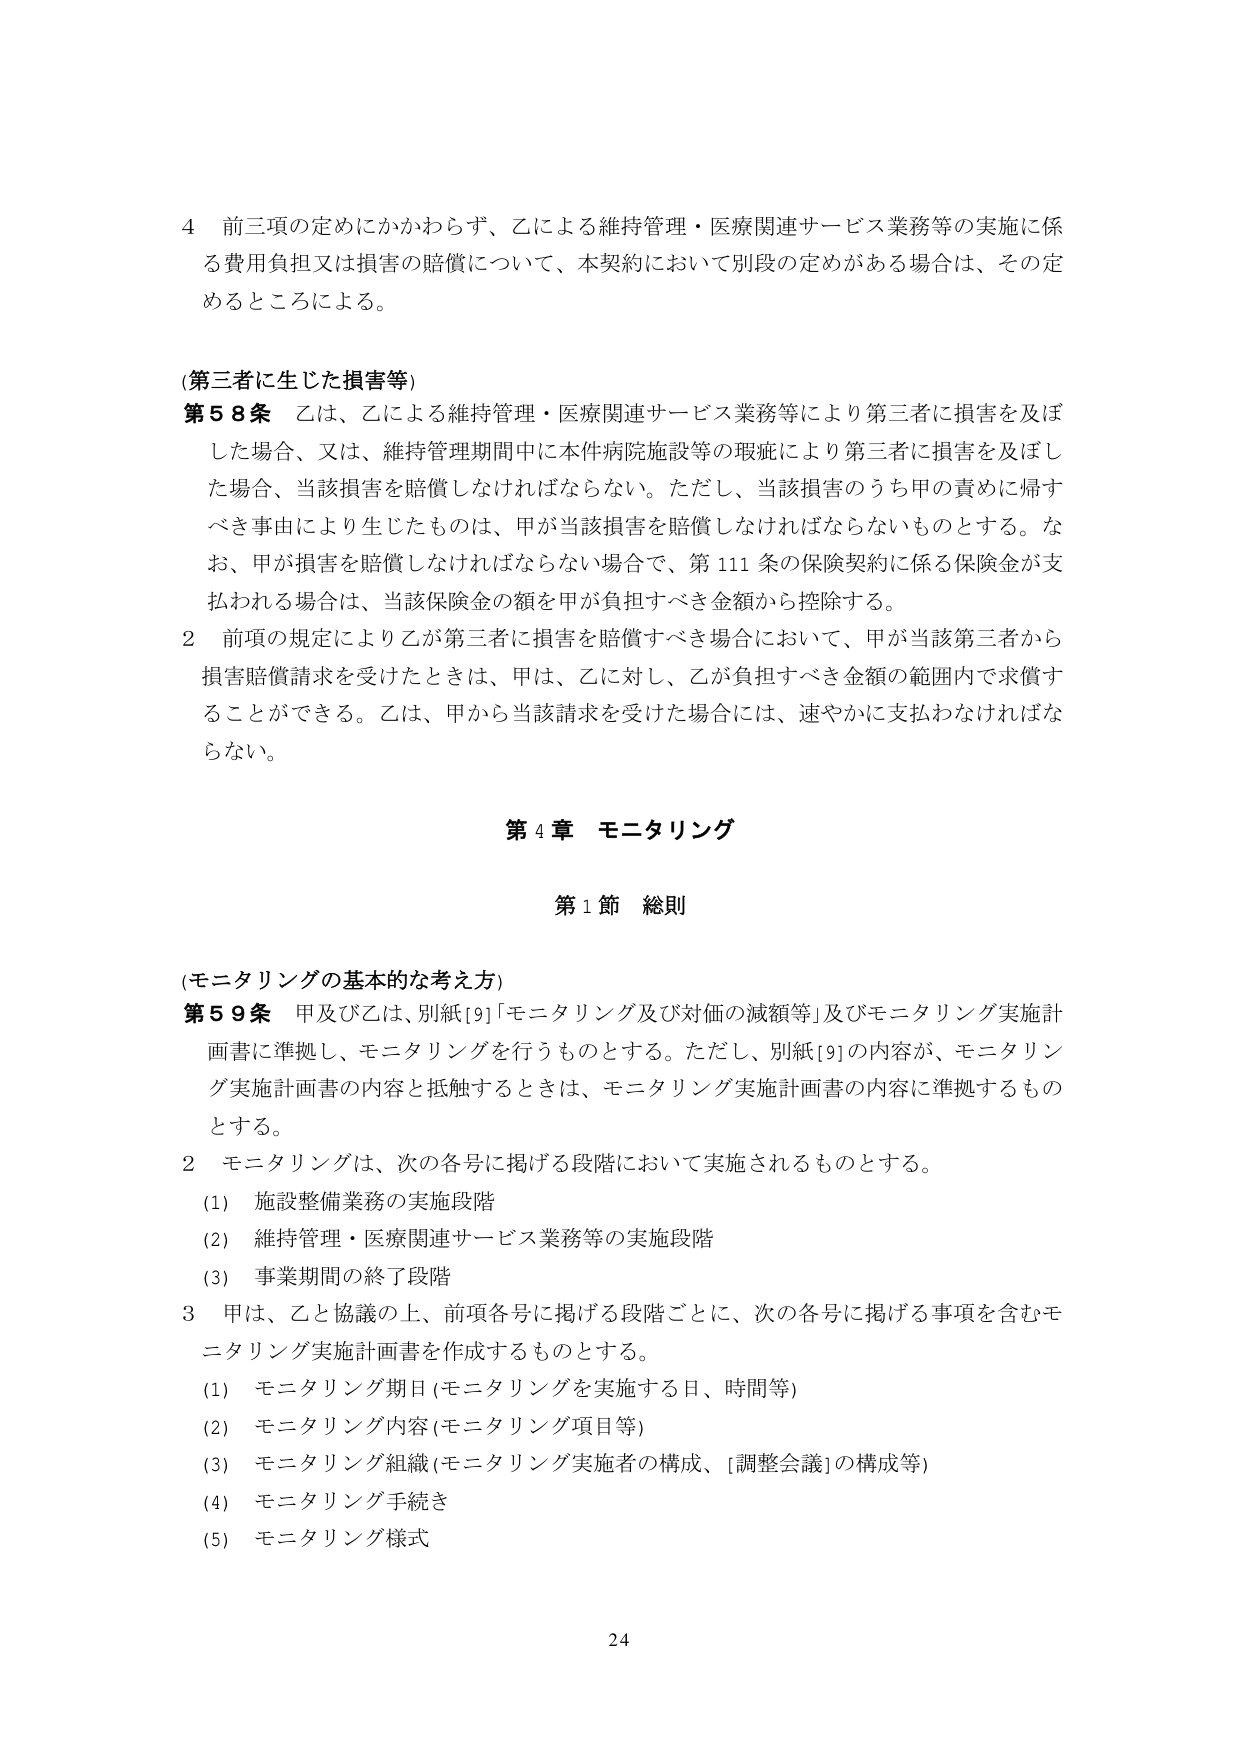
4 前三項の定めにかかわらず、乙による維持管理・医療関連サービス業務等の実施に係る費用負担又は損害の賠償について、本契約において別段の定めがある場合は、その定めるところによる。

(第三者に生じた損害等)
第58条 乙は、乙による維持管理・医療関連サービス業務等により第三者に損害を及ぼした場合、又は、維持管理期間中に本件病院施設等の瑕疵により第三者に損害を及ぼした場合、当該損害を賠償しなければならない。ただし、当該損害のうち甲の責めに帰すべき事由により生じたものは、甲が当該損害を賠償しなければならないものとする。なお、甲が損害を賠償しなければならない場合で、第111条の保険契約に係る保険金が支払われる場合は、当該保険金の額を甲が負担すべき金額から控除する。

2 前項の規定により乙が第三者に損害を賠償すべき場合において、甲が当該第三者から損害賠償請求を受けたときは、甲は、乙に対し、乙が負担すべき金額の範囲内で求償することができる。乙は、甲から当該請求を受けた場合には、速やかに支払わなければならない。

第4章 モニタリング

第1節 総則

(モニタリングの基本的な考え方)
第59条 甲及び乙は、別紙[9]「モニタリング及び対価の減額等」及びモニタリング実施計画書に準拠し、モニタリングを行うものとする。ただし、別紙[9]の内容が、モニタリング実施計画書の内容と抵触するときは、モニタリング実施計画書の内容に準拠するものとする。

2 モニタリングは、次の各号に掲げる段階において実施されるものとする。
(1) 施設整備業務の実施段階
(2) 維持管理・医療関連サービス業務等の実施段階
(3) 事業期間の終了段階

3 甲は、乙と協議の上、前項各号に掲げる段階ごとに、次の各号に掲げる事項を含むモニタリング実施計画書を作成するものとする。
(1) モニタリング期日(モニタリングを実施する日、時間等)
(2) モニタリング内容(モニタリング項目等)
(3) モニタリング組織(モニタリング実施者の構成、[調整会議]の構成等)
(4) モニタリング手続き
(5) モニタリング様式

24